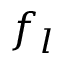
f _ { l }